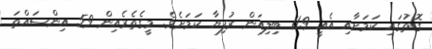
ގޮތުގައި ކަމަށާއި އެއީ 11.9 ބިލިއަން ރުފިޔާ ކަމަށެވެ. މީގެތެރެއިން 59 އިންސައްތަ